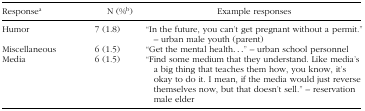
| Responsea | N (%b) | Example responses |
 | --- | --- | --- |
 | Humor | 7 (1.8) | “In the future, you can't get pregnant without a permit.” – urban male youth (parent) |
 | Miscellaneous | 6 (1.5) | “Get the mental health...” – urban school personnel |
 | Media | 6 (1.5) | “Find some medium that they understand. Like media's a big thing that teaches them how, you know, it's okay to do it. I mean, if the media would just reverse themselves now, but that doesn't sell.” – reservation male elder |